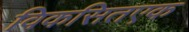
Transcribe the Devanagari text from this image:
विकसितएक